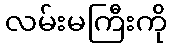
လမ်းမကြီးကို